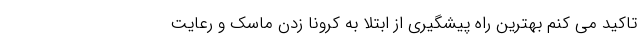
تاکید می کنم بهترین راه پیشگیری از ابتلا به کرونا زدن ماسک و رعایت